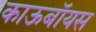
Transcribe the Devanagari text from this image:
काऊबॉयस